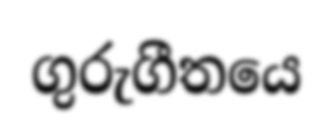
ගුරුගීතයෙ